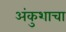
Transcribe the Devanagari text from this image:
अंकुशाचा